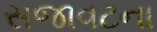
સજાવટના